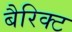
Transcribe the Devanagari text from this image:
बैरिक्ट